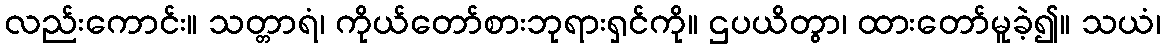
လည်းကောင်း။ သတ္တာရံ၊ ကိုယ်တော်စားဘုရားရှင်ကို။ ဌပယိတွာ၊ ထားတော်မူခဲ့၍။ သယံ၊